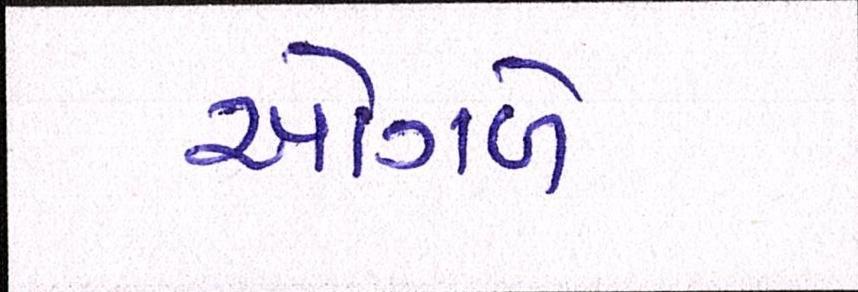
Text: ઓગળે